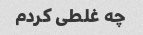
چه غلطی کردم